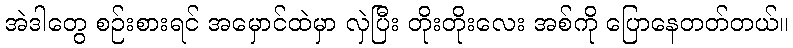
အဲဒါတွေ စဉ်းစားရင် အမှောင်ထဲမှာ လှဲပြီး တိုးတိုးလေး အစ်ကို ပြောနေတတ်တယ်။